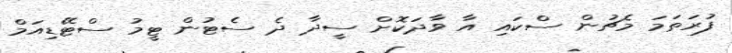
ފުރަތަމަ މެޗުން ސްކައި އާ ވާދަކޮށް ސީދާ ދެ ސެޓުން ޓީމު ސްޓޭޑިއަމް